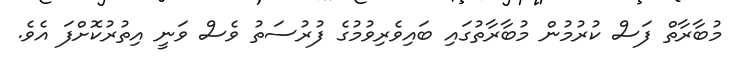
މުބާރާތް ފަސް ކުރުމުން މުބާރާތުގައި ބައިވެރިވުމުގެ ފުރުސަތު ވެސް ވަނީ އިތުރުކޮށްފަ އެވެ.